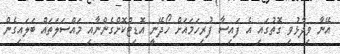
އޭނާ ވިދާޅުވި ގޮތުގައި އެ ފައިސާ ފުރިހަމައަށް ހޯދޭނީ އޮޑިޓްކޮށްގެންނާއި މައްސަލަތައް ބަލައިގެން